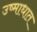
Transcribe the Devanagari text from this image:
उष्माधात